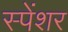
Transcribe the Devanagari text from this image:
स्पेंशर